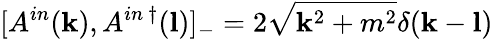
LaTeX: [A^{in}({\mathbf k}),A^{in~\dagger}({\mathbf l})]_{-}=2\sqrt{{\mathbf k}^{2}+m^{2}}\delta({\mathbf k}-{\mathbf l})